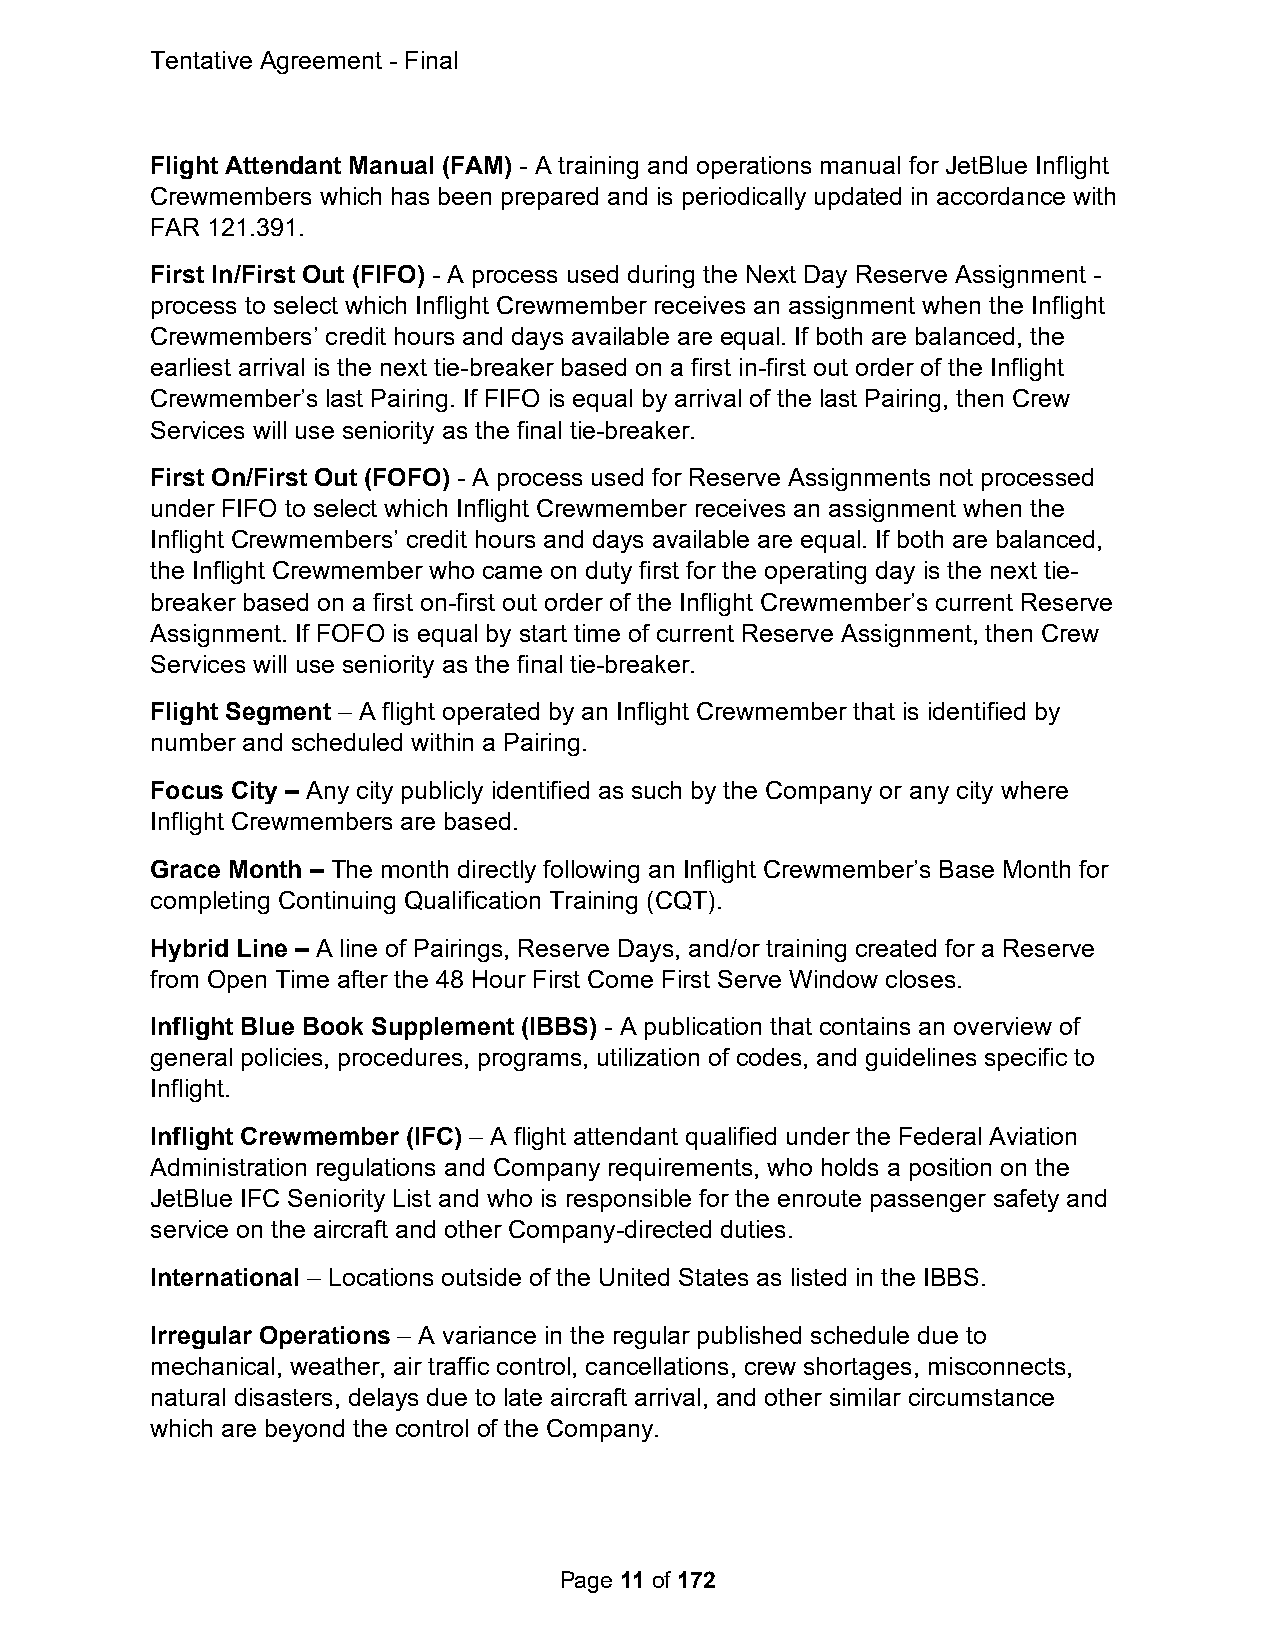
Tentative Agreement - Final
 Flight Attendant Manual (FAM) - A training and operations manual for JetBlue Inflight
 Crewmembers which has been prepared and is periodically updated in accordance with
 FAR 121.391.
 First In/First Out (FIFO) - A process used during the Next Day Reserve Assignment -
 process to select which Inflight Crewmember receives an assignment when the Inflight
 Crewmembers’ credit hours and days available are equal. If both are balanced, the
 earliest arrival is the next tie-breaker based on a first in-first out order of the Inflight
 Crewmember’s last Pairing. If FIFO is equal by arrival of the last Pairing, then Crew
 Services will use seniority as the final tie-breaker.
 First On/First Out (FOFO) - A process used for Reserve Assignments not processed
 under FIFO to select which Inflight Crewmember receives an assignment when the
 Inflight Crewmembers’ credit hours and days available are equal. If both are balanced,
 the Inflight Crewmember who came on duty first for the operating day is the next tie-
 breaker based on a first on-first out order of the Inflight Crewmember’s current Reserve
 Assignment. If FOFO is equal by start time of current Reserve Assignment, then Crew
 Services will use seniority as the final tie-breaker.
 Flight Segment – A flight operated by an Inflight Crewmember that is identified by
 number and scheduled within a Pairing.
 Focus City – Any city publicly identified as such by the Company or any city where
 Inflight Crewmembers are based.
 Grace Month – The month directly following an Inflight Crewmember’s Base Month for
 completing Continuing Qualification Training (CQT).
 Hybrid Line – A line of Pairings, Reserve Days, and/or training created for a Reserve
 from Open Time after the 48 Hour First Come First Serve Window closes.
 Inflight Blue Book Supplement (IBBS) - A publication that contains an overview of
 general policies, procedures, programs, utilization of codes, and guidelines specific to
 Inflight.
 Inflight Crewmember (IFC) – A flight attendant qualified under the Federal Aviation
 Administration regulations and Company requirements, who holds a position on the
 JetBlue IFC Seniority List and who is responsible for the enroute passenger safety and
 service on the aircraft and other Company-directed duties.
 International – Locations outside of the United States as listed in the IBBS.
 Irregular Operations – A variance in the regular published schedule due to
 mechanical, weather, air traffic control, cancellations, crew shortages, misconnects,
 natural disasters, delays due to late aircraft arrival, and other similar circumstance
 which are beyond the control of the Company.
 Page 11 of 172